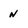
Character: N